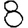
Digit: 8